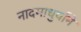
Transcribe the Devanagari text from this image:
नादमाधुर्याने